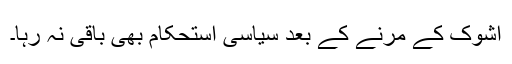
اشوک کے مرنے کے بعد سیاسی استحکام بھی باقی نہ رہا۔